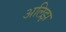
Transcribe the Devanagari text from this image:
अलिझ